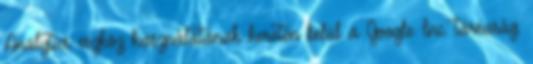
Analytics eszköz használatának keretén belül a Google Inc. társaság.